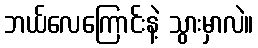
ဘယ်လေကြောင်းနဲ့ သွားမှာလဲ။